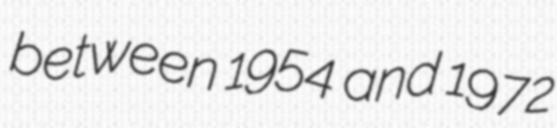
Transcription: between 1954 and 1972